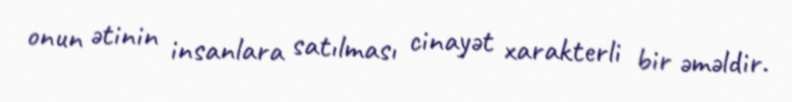
onun ətinin insanlara satılması cinayət xarakterli bir əməldir.